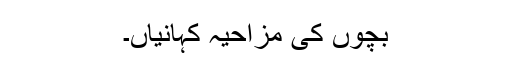
بچوں کی مزاحیہ کہانیاں۔